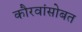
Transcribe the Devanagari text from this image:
कौरवांसोबत